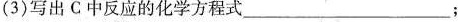
(3)写出C中反应的化学方程式___；